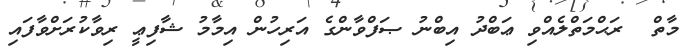
މާތް  ރަޙްމަތްލެއްވި ޢަބްދު އިބްނު ޞަފްވާންގެ އަރިހުން އިމާމު ޝާފިޢީ ރިވާކުރަށްވާފައި